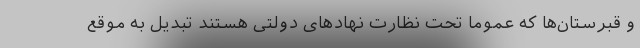
و قبرستان‌ها که عموما تحت نظارت نهادهای دولتی هستند تبدیل به موقع